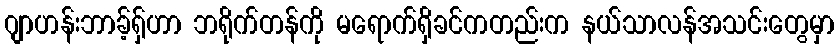
ဂျာဟန်းဘာခ့်ရှ်ဟာ ဘရိုက်တန်ကို မရောက်ရှိခင်ကတည်းက နယ်သာလန်အသင်းတွေမှာ